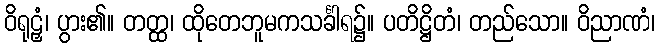
ဝိရုဠှံ၊ ပွား၏။ တတ္ထ၊ ထိုတေဘူမကသင်္ခါရ၌။ ပတိဋ္ဌိတံ၊ တည်သော။ ဝိညာဏံ၊